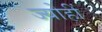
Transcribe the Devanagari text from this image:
ज्योहीं